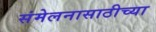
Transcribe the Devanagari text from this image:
संमेलनासाठीच्या